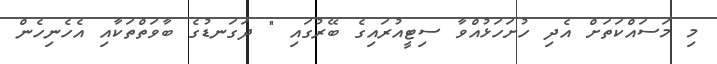
މި މަސައްކަތަށް އެދި ހުށަހަޅުއްވާ ސިޓީއުރައިގެ ބޭރުގައި " ދަގަނޑުގެ ބާވަތްތަކާއި އެހެނިހެން